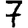
Digit: 7